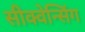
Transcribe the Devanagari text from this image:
सीक्वेन्सिंग